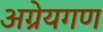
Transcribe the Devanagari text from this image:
अग्रेयगण